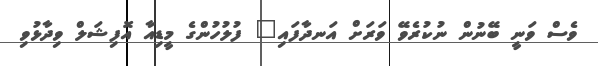
ވެސް ވަނީ ބޭނުން ނުކުރެވޭ ވަރަށް އަނދާފައި" ފުލުހުންގެ މީޑިއާ އޮފިޝަލް ވިދާޅުވި